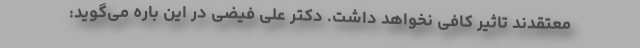
معتقدند تاثیر کافی نخواهد داشت. دکتر علی فیضی در این باره می‌گوید: